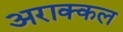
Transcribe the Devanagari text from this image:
अराक्कल